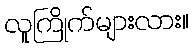
လူကြိုက်များလား။